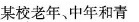
某校老年、中年和青